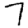
Digit: 7